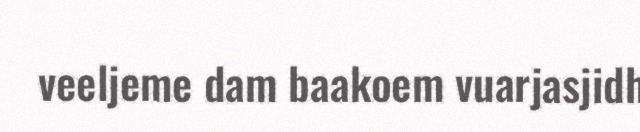
veeljeme dam baakoem vuarjasjidh